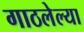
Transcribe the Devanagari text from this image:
गाठलेल्या